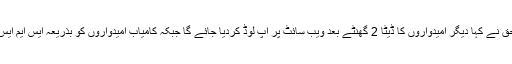
وزیرمذہبی امور نورالحق نے کہا دیگر امیدواروں کا ڈیٹا 2 گھنٹے بعد ویب سائٹ پر اپ لوڈ کردیا جائے گا جبکہ کامیاب امیدواروں کو بذریعہ ایس ایم ایس بھی آگاہ کیا جائے گا۔